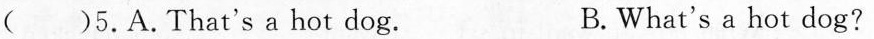
( )5.A.That's a hot dog. B.What's a hot dog?